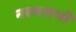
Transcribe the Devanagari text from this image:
नरथराची